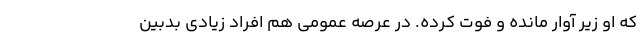
که او زیر آوار مانده و فوت کرده. در عرصه عمومی هم افراد زیادی بدبین